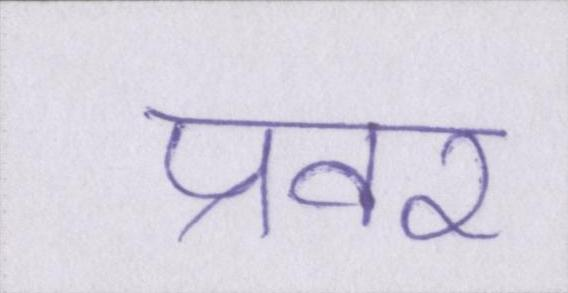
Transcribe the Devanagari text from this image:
प्रवर